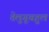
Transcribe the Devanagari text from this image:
तेलुगूबहुल